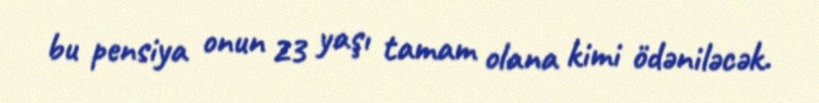
bu pensiya onun 23 yaşı tamam olana kimi ödəniləcək.